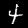
Digit: 4